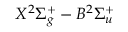
X ^ { 2 } \Sigma _ { g } ^ { + } - B ^ { 2 } \Sigma _ { u } ^ { + }